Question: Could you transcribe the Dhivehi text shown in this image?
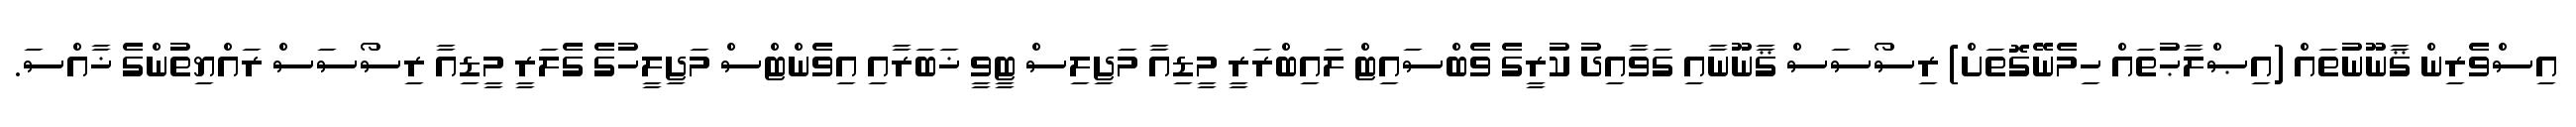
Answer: އިސްވެރިން ޤާނޫނުތައް (އިޞްލާޙުތައް ހިމެނޭގޮތަށް) ރިސޯސަސް ޤާނޫނާއި ގަވާއިދު ކުރީގެ ވެބްސައިޓް ލައިބްރަރީ މީޑިއާ މަޖިލިސް ޓީވީ ޚަބަރާއި އިވެންޓްސް މަޖިލީހުގެ ގެލަރީ މީޑިއާ ރިސޯސަސް ރައްޔިތުންގެ ޚާއްސަ.